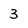
Character: 3